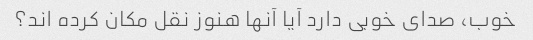
خوب، صدای خوبی دارد آیا آنها هنوز نقل مکان کرده اند؟